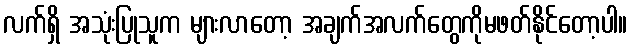
လက်ရှိ အသုံးပြုသူက များလာတော့ အချက်အလက်တွေကိုမဖတ်နိုင်တော့ပါ။